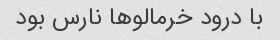
با درود خرمالوها نارس بود